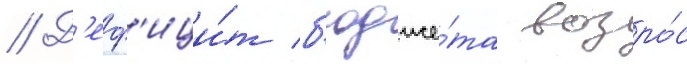
// Д'еф'ици́т б'юдже́та возро́с